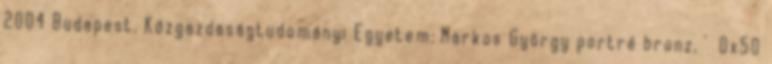
2004 Budapest, Közgazdaságtudományi Egyetem; Markos György portré bronz, ' 0x50